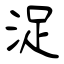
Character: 浞